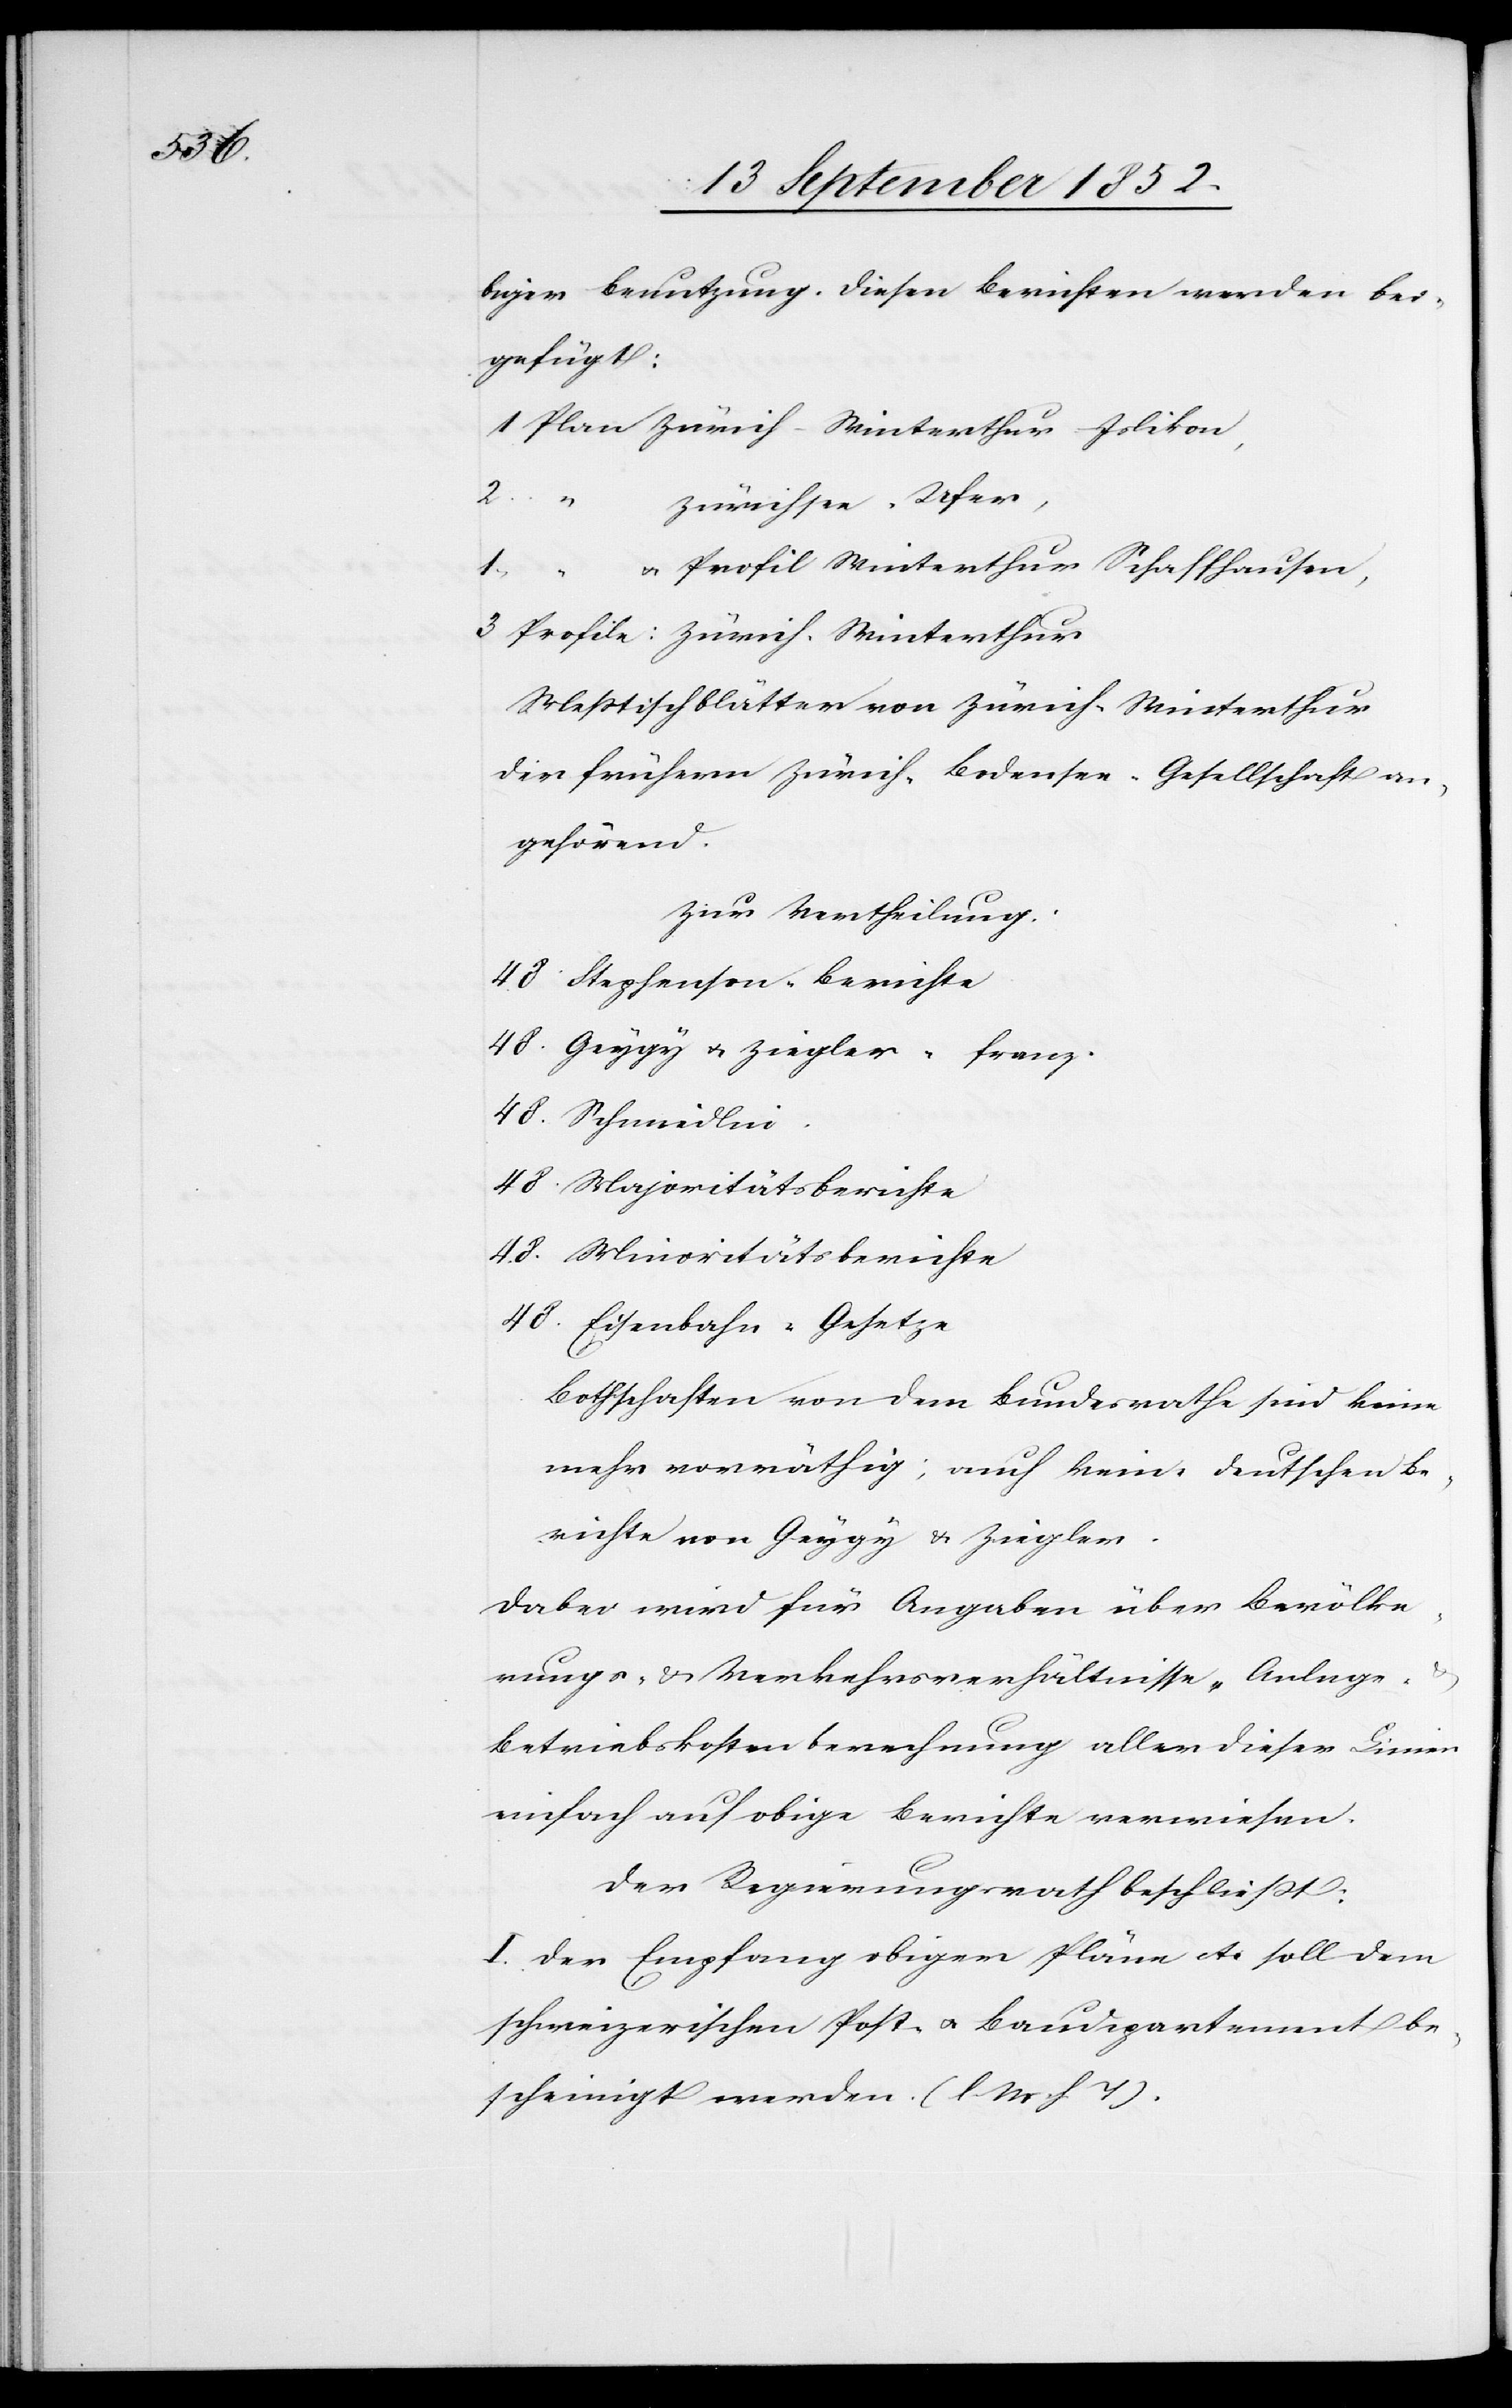
biger Benutzung. Diesen Berichten werden bei¬
gefügt:
1 Plan Zürich–Winterthur–Islikon,
2 “
Zürichsee-Ufer,
& Profil Winterthur–Schaffhausen,
franz.
3 Profile: Zürich-Winterthur
Meßtischblätter von Zürich-Winterthur
der frühern Zürich-Bodensee-Gesellschaft an¬
gehörend.
Zur Vertheilung:
48 Stephenson-Berichte
48. Schmidlin.
48 Majoritätsberichte
48. Minoritätsberichte
48. Eisenbahn-Gesetze
Bothschaften von dem Bundesrathe sind keine
mehr vorräthig; auch keine deutschen Be¬
richte von Geygy & Ziegler.
48.
Dabei wird für Angaben über Bevölke¬
rungs- & Verkehrsverhältnisse, Anlage-
Betriebskostenberechnung aller dieser Linien
einfach auf obige Berichte verwiesen.
Der Regierungsrath beschließt:
I. Der Empfang obiger Pläne etc soll dem
schweizerischen Post- & Baudepartement be¬
scheinigt werden. (l M h T).